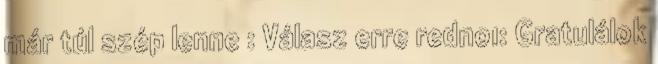
már túl szép lenne : Válasz erre redno1: Gratulálok